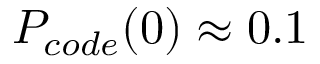
P _ { c o d e } ( 0 ) \approx 0 . 1